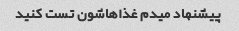
پیشنهاد میدم غذاهاشون تست کنید